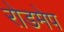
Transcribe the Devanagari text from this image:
रोडमेप